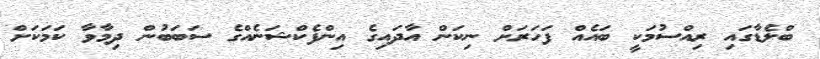
ބްލެޑާގައި ރިއްސުމަކީ ބައެއް ފަހަރަށް ނިކަން އާދައިގެ އިންފެކްޝަނެއްގެ ސަބަބުން ދިމާވާ ކަމަކަށް